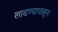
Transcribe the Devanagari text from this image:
लादण्यापासून